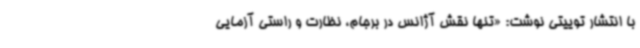
با انتشار توییتی نوشت: «تنها نقش آژانس در برجام، نظارت و راستی آزمایی